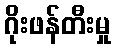
ဂိုးဖန်တီးမှု